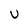
Character: U